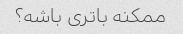
ممکنه باتری باشه؟